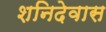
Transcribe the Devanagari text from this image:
शनिदेवास